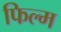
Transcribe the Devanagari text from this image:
फिल्म